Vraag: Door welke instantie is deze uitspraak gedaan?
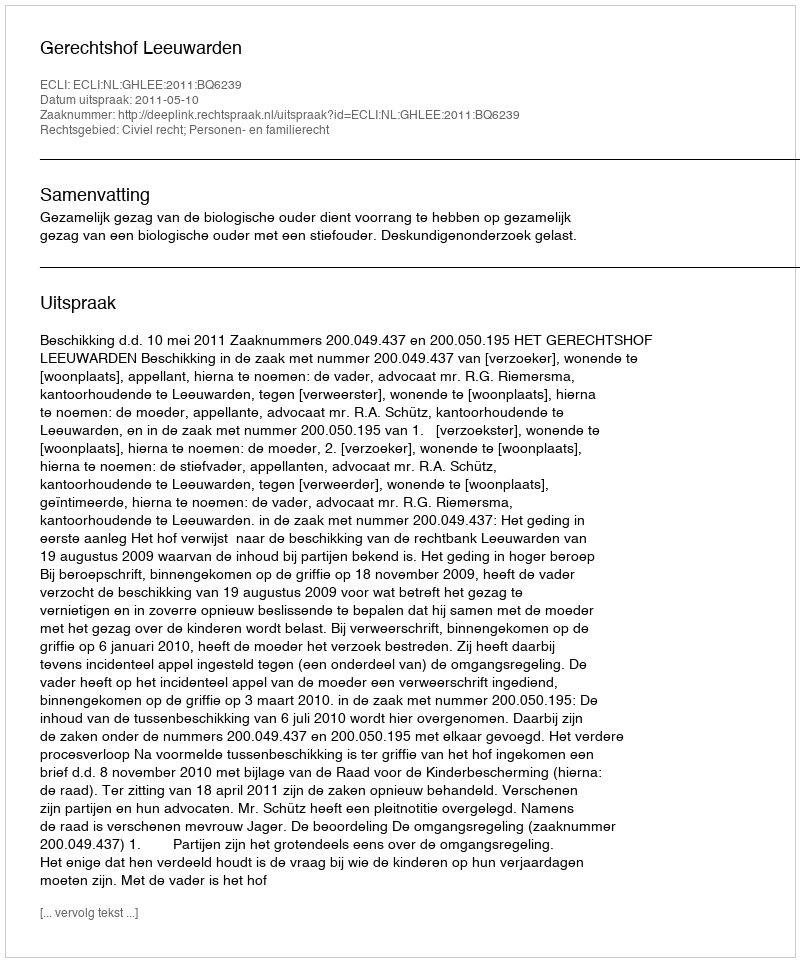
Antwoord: Gerechtshof Leeuwarden